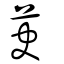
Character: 芵